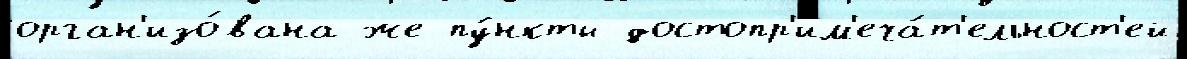
орган'изо́вана же пу́нкты достопр'им'еча́т'ельност'ей